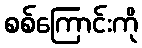
စစ်ကြောင်းကို